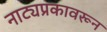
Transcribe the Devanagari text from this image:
नाट्यप्रकावरून